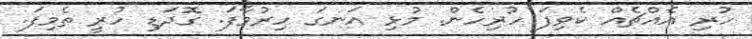
ހުރި އެއްޗެއް ކެވިފަ ހުރިހެން. މުޅި އަނގަ ހިރުވާފަ. ގޮދަޑި ހުރީ ތެމިފަ.